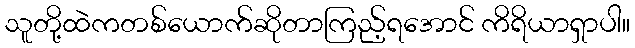
သူတို့ထဲကတစ်ယောက်ဆိုတာကြည့်ရအောင် ကိရိယာရှာပါ။